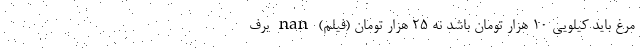
مرغ باید کیلویی ۱۰ هزار تومان باشد نه ۲۵ هزار تومان (فیلم) nan برف